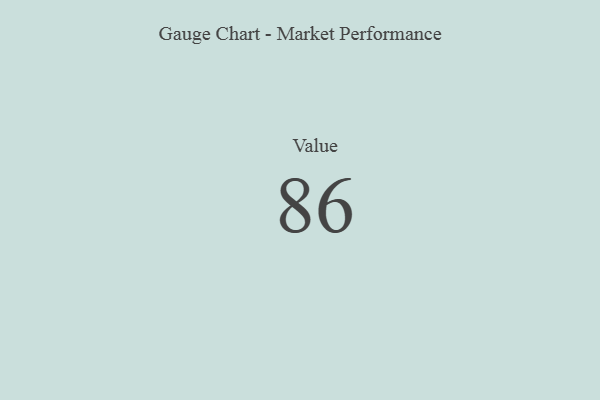
{"axis": {"x": "Metric", "y": "Value"}, "legend": [""], "data": [{"x": "Value", "y": 86, "type": ""}]}